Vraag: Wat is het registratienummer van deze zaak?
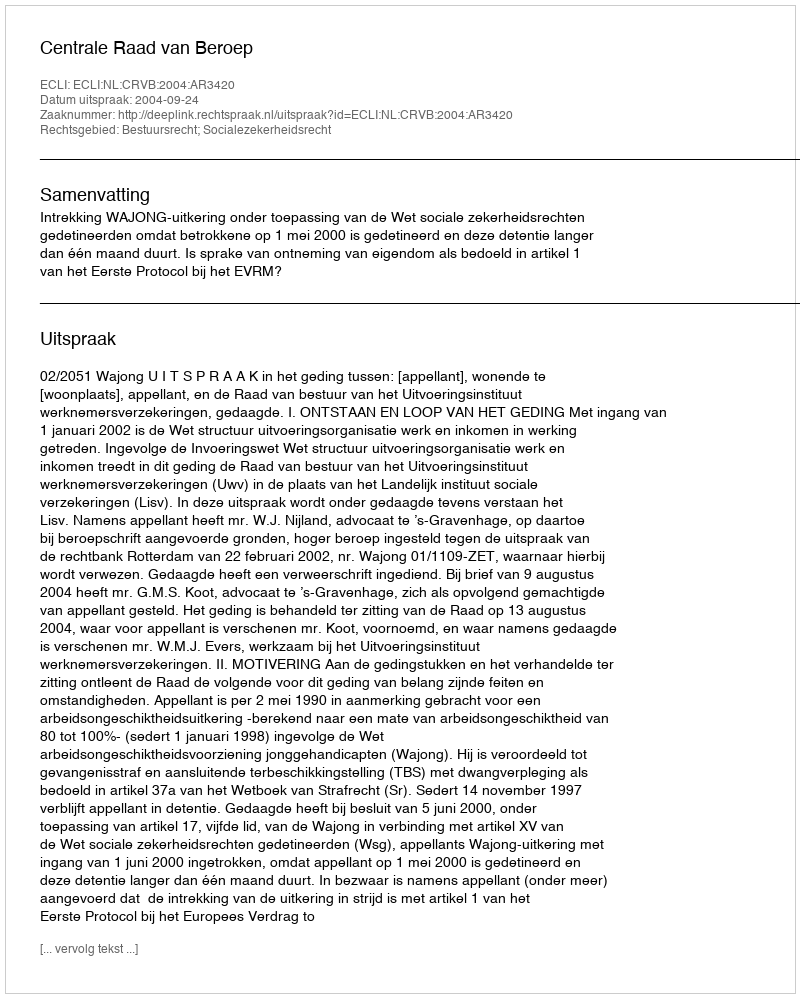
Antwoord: http://deeplink.rechtspraak.nl/uitspraak?id=ECLI:NL:CRVB:2004:AR3420